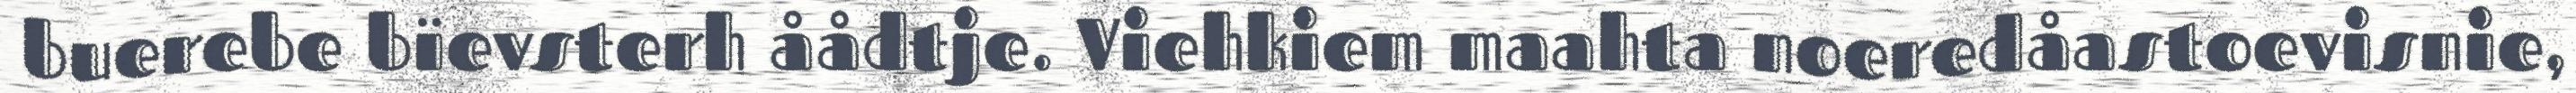
buerebe bïevsterh åådtje. Viehkiem maahta noeredåastoevisnie,